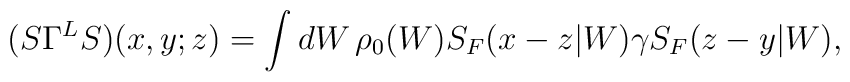
(S\Gamma^L S)(x,y;z)=\int dW\,\rho_0(W)S_F(x-z|W)\gamma S_F(z-y|W),